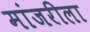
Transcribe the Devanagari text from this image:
मांजरीला